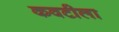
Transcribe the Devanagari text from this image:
कवटीला